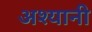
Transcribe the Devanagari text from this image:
अश्यानी